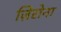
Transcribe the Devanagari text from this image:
ज़िरोना